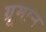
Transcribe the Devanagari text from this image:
ग्रूमान